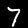
Digit: 7